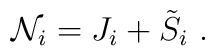
{\cal N}_i = J_i + {\tilde S}_i\ .